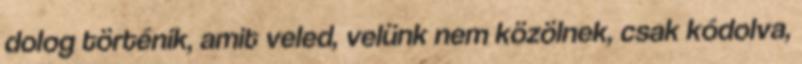
dolog történik, amit veled, velünk nem közölnek, csak kódolva,